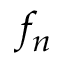
f _ { n }